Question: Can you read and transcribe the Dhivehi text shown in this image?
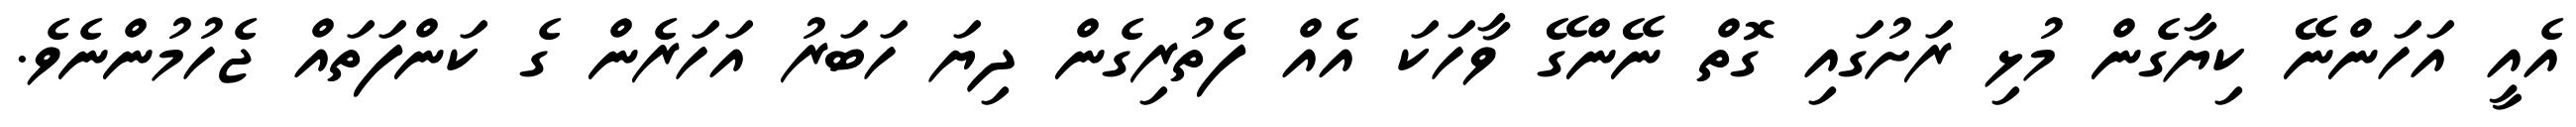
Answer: އެއީ އަހަންނޭ ކިޔާގެން މުޅި ރަށުގައި ގޮތް ނޭންގޭ ވާހަކަ އެއް ފެތުރިގެން ދިޔަ ހަބަރު އަހަރެން ގެ ކަންފަތައް ޖެހުމުންނެވެ.